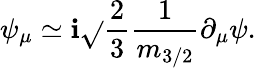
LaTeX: \psi_{\mu}\simeq\mathbf{i}\sqrt{}{{\frac{{2}}{{3}}}}\frac{{1}}{{m_{3/2}}}\partial_{\mu}\psi.